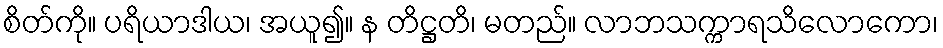
စိတ်ကို။ ပရိယာဒါယ၊ အယူ၍။ န တိဋ္ဌတိ၊ မတည်။ လာဘသက္ကာရသိလောကော၊